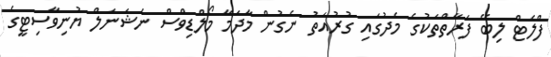
ފްލެޓް ލިބޭ ފަރާތްތަކުގެ މެދުގައި ގުރުއަތު ނެގުން މާދަމާ މޯލްޑިވްސް ނެޝަނަލް ޔުނިވާސިޓީގެ